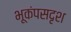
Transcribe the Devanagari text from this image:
भूकंपसदृश